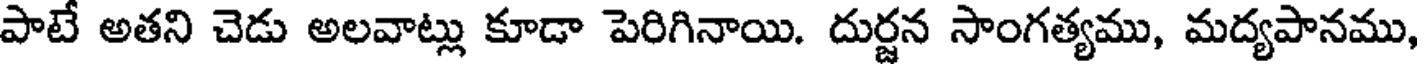
పాటే అతని చెడు అలవాట్లు కూడా పెరిగినాయి. దుర్జన సాంగత్యము, మద్యపానము,